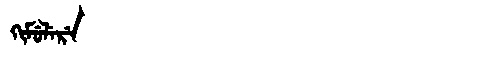
Manchu: ᡴᡳᠮᡠᠯᡝᡵᡝ
Romanization: KIMULERE